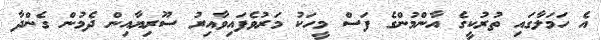
އެ ހަމަލާގައި ތުރުކީގެ އާންމުންގެ ފަސް މީހަކު މަރުވެފައިވާއިރު ސޫރިޔާއިން ދެމުން ގެންދާ